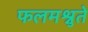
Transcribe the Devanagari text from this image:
फलमश्नुते